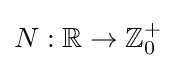
N:{\mathbb {R} }\rightarrow {\mathbb {Z} _{0}^{+}}